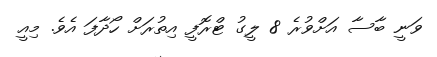
ވަނީ ބާސާ އަށްވުރެ 8 ލީގު ޓްރޮފީ އިތުރަށް ހޯދާފަ އެވެ. މިއީ